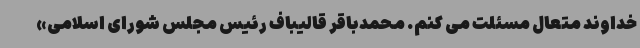
خداوند متعال مسئلت می کنم. محمدباقر قالیباف رئیس مجلس شورای اسلامی»